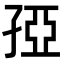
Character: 孲